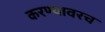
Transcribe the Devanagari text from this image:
करण्यावरच